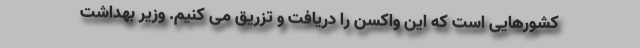
کشورهایی است که این واکسن را دریافت و تزریق می کنیم. وزیر بهداشت